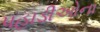
પહાડીઓના